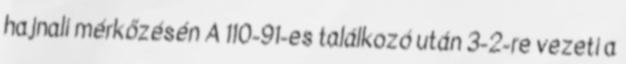
hajnali mérkőzésén A 110-91-es találkozó után 3-2-re vezeti a